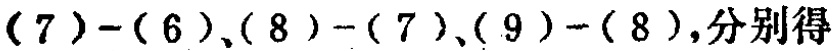
\((7)-(6),(8)-(7),(9)-(8)\)，分别得